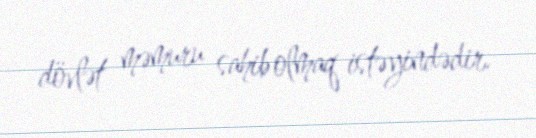
dövlət məmuru sahib olmaq istəyindədir.